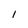
Character: 1